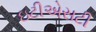
ઇટીએસટી